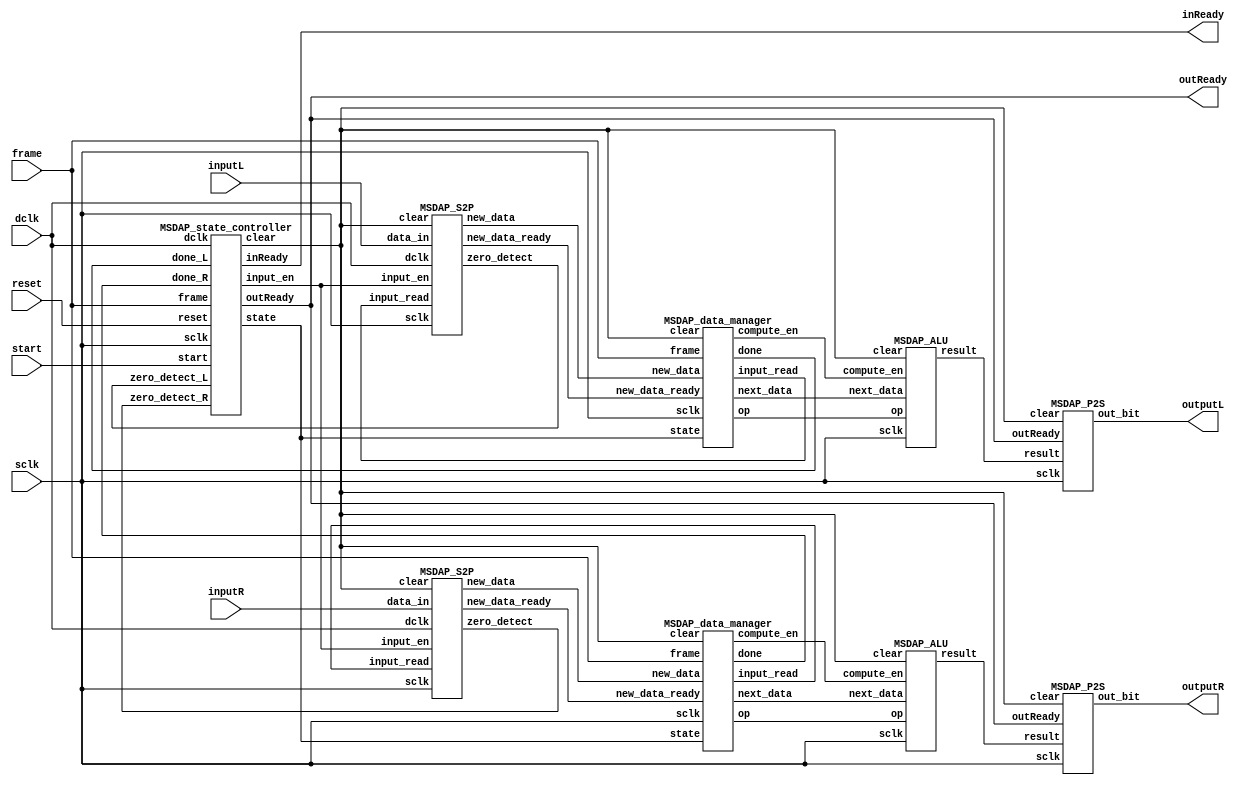

//EEDG 6306 Final Project
//MSDAP structural description
//Mark Sears and Seoha Lee

module MSDAP_top(
input sclk, 
input dclk, 
input start, 
input reset, 
input frame, 
input inputL, 
input inputR, 
output inReady, 
output outReady, 
output outputL, 
output outputR
);

wire [3:0] state;
wire input_en;
wire clear;
wire zero_detect_L, zero_detect_R;
wire [15:0] new_data_L, new_data_R;
wire compute_en_L, compute_en_R;
wire new_data_ready_L, new_data_ready_R;
wire input_read_L, input_read_R;
wire [2:0] done_L, done_R;
wire [1:0] op_L, op_R;
wire [15:0] next_data_L, next_data_R;
wire [39:0] result_L, result_R;

MSDAP_state_controller controller ( 
.sclk(sclk),
.dclk(dclk),
.start(start),
.reset(reset),
.frame(frame),
.done_L(done_L),
.done_R(done_R),
.zero_detect_L(zero_detect_L),
.zero_detect_R(zero_detect_R),
.input_en(input_en),
.clear(clear),
.inReady(inReady),
.outReady(outReady),
.state(state)
);

//modules for LEFT channel
MSDAP_S2P input_module_L (
.sclk(sclk),
.dclk(dclk),
.input_en(input_en),
.clear(clear),
.data_in(inputL),
.input_read(input_read_L),
.new_data(new_data_L),
.new_data_ready(new_data_ready_L),
.zero_detect(zero_detect_L)
);


MSDAP_data_manager data_manager_L(
.sclk(sclk),
.frame(frame),
.state(state),
.new_data(new_data_L),
.new_data_ready(new_data_ready_L),
.clear(clear),
.done(done_L),
.compute_en(compute_en_L),
.input_read(input_read_L),
.op(op_L),
.next_data(next_data_L)
);

MSDAP_ALU ALU_L (
.sclk(sclk),
.compute_en(compute_en_L),
.clear(clear),
.op(op_L),
.next_data(next_data_L),
.result(result_L)
);

MSDAP_P2S output_module_L (
.sclk(sclk),
.clear(clear),
.result(result_L),
.outReady(outReady),
.out_bit(outputL)
);


//modules for RIGHT channel
MSDAP_S2P input_module_R (
.sclk(sclk),
.dclk(dclk),
.input_en(input_en),
.clear(clear),
.data_in(inputR),
.input_read(input_read_R),
.new_data(new_data_R),
.new_data_ready(new_data_ready_R),
.zero_detect(zero_detect_R)
);

MSDAP_data_manager data_manager_R (
.sclk(sclk),
.frame(frame),
.state(state),
.new_data(new_data_R),
.new_data_ready(new_data_ready_R),
.clear(clear),
.done(done_R),
.compute_en(compute_en_R),
.input_read(input_read_R),
.op(op_R),
.next_data(next_data_R)
);

MSDAP_ALU ALU_R (
.sclk(sclk),
.compute_en(compute_en_R),
.clear(clear),
.op(op_R),
.next_data(next_data_R),
.result(result_R)
);

MSDAP_P2S output_module_R (
.sclk(sclk),
.clear(clear),
.result(result_R),
.outReady(outReady),
.out_bit(outputR)
);
  
endmodule //end MSDAP_top


module MSDAP_state_controller( 
  input sclk,
  input dclk,
  input start,
  input reset,
  input frame,
  input [2:0] done_L, //done[0] = rj_done, done[1] = coeff_done, done[2] = computation_done
  input [2:0] done_R,
  input zero_detect_L,
  input zero_detect_R,
  
  output input_en,
  output clear,
  output inReady,
  output outReady,
  output reg [3:0] state
);

parameter
INITIALIZE = 0,
WAIT_RJ = 1,
READ_RJ = 2,
WAIT_COEFF = 3,
READ_COEFF = 4,
WAIT_INPUT = 5,
WORKING = 6,
CLEARING = 15,
SLEEP = 8;

parameter SLEEP_TIME = 800; //number of all 0 inputs before going to sleep

wire [3:0] input_count;
wire [5:0] output_count;
wire [9:0] sleep_count;
wire [8:0] clear_count;
reg [3:0] next_state;
wire [2:0] done;
wire zero_detect;
wire detector_reset;

assign done = done_L & done_R;
assign zero_detect = zero_detect_L & zero_detect_R;

//Registers to control inReady, outReady, and I/O counters
DFF input_en_DFF (.clk(sclk), .reset(clear), .D((|input_count) | (frame & inReady)), .Q(input_en));
DFF outReady_DFF (.clk(frame), .reset(clear | output_count == 41), .D(done[2] & state == 6), .Q(outReady));
DFF inReady_DFF  (.clk(sclk), .reset(clear), .D(~(state == INITIALIZE | state == CLEARING)), .Q(inReady));
DFF reset_detector_DFF (.clk(sclk), .reset(detector_reset), .D(start|reset), .Q(clear));
DFF detector_reset_DFF (.clk(~sclk), .reset(~clear), .D(clear), .Q(detector_reset));
//DFF detector_reset_DFF (.clk(~sclk), .reset(1'b0), .D(clear), .Q(detector_reset));

counter#(4) input_counter (.clk(dclk), .reset(clear), .enable(input_en), .count(input_count));

counter#(6) output_counter (.clk(sclk), .reset(clear | ~outReady), .enable(outReady), .count(output_count));

counter#(10) sleep_counter (.clk(input_en), .reset(clear | ~zero_detect), .enable(state == WORKING), .count(sleep_count));

counter#(9) clear_counter (.clk(sclk), .reset(clear), .enable(state == INITIALIZE | state == CLEARING), .count(clear_count));

//STATE MACHINE
/*
always@(posedge start) next_state <= INITIALIZE;

always@(posedge reset) begin
  if(state == WORKING || state == SLEEP || state == CLEARING)
    next_state <= CLEARING; //async reset only in states 6, 7, or 8
end
*/

always@(posedge sclk) begin
    /*if(start) 
      state <= INITIALIZE;  
  else if(reset)// & (state == WORKING | state == SLEEP | state == CLEARING))
    state <= CLEARING; //async reset only in states 6, 7, or 8
  else  */
  state <= next_state;
end

always@(state or start or reset or clear_count or frame or done or sleep_count or zero_detect) begin
            
      if(start)
        next_state = INITIALIZE;  
    else if(reset & (state == WORKING || state == SLEEP || state == CLEARING))
        next_state = CLEARING; //async reset only in states 6, 7, or 8
    
else case(state)
    INITIALIZE: begin
      if(clear_count == 511)
        next_state = WAIT_RJ;
    else next_state = INITIALIZE;    
    end
    
    WAIT_RJ: begin      
      if(frame) 
        next_state = READ_RJ;
        else next_state = WAIT_RJ;
    end
    
    READ_RJ: begin
      if(done[0]) //rj_done
        next_state = WAIT_COEFF; 
        else next_state = READ_RJ;                
    end
    
    WAIT_COEFF: begin     
      if(frame) 
        next_state = READ_COEFF;
        else next_state = WAIT_COEFF;
    end
    
    READ_COEFF: begin    
      if(done[1]) //coeff_done
        next_state = WAIT_INPUT;
        else next_state = READ_COEFF;
    end
    
    WAIT_INPUT: begin
      if(frame) //if the frame is high, a new input is ready to be read in
        next_state = WORKING;
        else next_state = WAIT_INPUT;
    end
    
    WORKING: begin
      if(sleep_count == SLEEP_TIME)
            next_state = SLEEP;
            else next_state = WORKING;                                             
    end
    
    CLEARING: begin    
      if(clear_count == 255) 
        next_state = WAIT_INPUT;
        else next_state = CLEARING;      
    end
    
    SLEEP: begin 
      if(~zero_detect)
        next_state = WORKING;
        else next_state = SLEEP;
    end           
  endcase     
end
  
endmodule //end MSDAP_state_controller



//module MSDAP_S2P is used to shift in new data 1 bit at a time (LSB first)
module MSDAP_S2P
(
  input sclk,
  input dclk,
  input input_en,
  input clear,
  input data_in,
  input input_read,
  output [15:0] new_data,
  output new_data_ready,
  output zero_detect //true when a zero input is received
);
//wire new_data_reset;
wire input_complete;
//wire new_data_delay;
wire [15:0] input_data;

//generate 16 DFFs to implement a S2P shift register
genvar i;
for(i = 0; i < 16; i=i+1)
begin : S2P
  DFF flop ( .clk(dclk & input_en), .reset(clear), .D(i == 15 ? data_in : input_data[i+1]), .Q(input_data[i]) );
end

DFF input_complete_DFF( .clk(~input_en), .reset(clear | input_read), .D(1'b1), .Q(input_complete) );
//DFF new_data_delay_DFF( .clk(~dclk), .reset(clear | new_data_reset), .D(input_complete), .Q(new_data_delay) );
DFF new_data_ready_DFF( .clk(sclk), .reset(clear), .D(input_complete), .Q(new_data_ready) );
//DFF new_data_reset_DFF( .clk(sclk), .reset(clear), .D(new_data_ready), .Q(new_data_reset) );
DFF zero_detect_DFF ( .clk(~dclk), .reset(clear), .D(input_data == 16'b0), .Q(zero_detect) );
register#(16) new_input_register ( .clk(new_data_ready), .reset(clear), .D(input_data), .Q(new_data) );
endmodule //end MSDAP_input

//structural description of data manager
module MSDAP_data_manager
(
  input sclk,
  input frame,
  input [3:0] state,
  input [15:0] new_data,
  input new_data_ready,
  input clear,
  
  output [2:0] done,
  output compute_en,
  output input_read,
  output [1:0] op, //op: 00 = ADD, 01 = SUB, 10 = SHIFT
  output [15:0] next_data
);

parameter NUM_RJ = 16;
parameter NUM_COEFF = 512; //assumed maximum number of coefficients
parameter ORDER = 256; //the order of the filter

parameter
INITIALIZE = 0,
WAIT_RJ = 1,
READ_RJ = 2,
WAIT_COEFF = 3,
READ_COEFF = 4,
WAIT_INPUT = 5,
WORKING = 6,
CLEARING = 15,
SLEEP = 8;

wire [3:0] rj_addr;
wire [8:0] coeff_addr;
wire [7:0] data_addr;
wire [7:0] n; //counts how many data inputs are received
wire [7:0] coeffs_processed;

wire [7:0] next_rj;
wire [8:0] next_coeff;
wire input_received;
wire new_data_input_ready;
wire coeff_en;
wire shift;

assign new_data_input_ready = state == INITIALIZE | state == CLEARING | (new_data_ready & state == WORKING & ~compute_en);

//rj memory: 8 bit words, 4 addr bits, 16 locations
memory#(8, 4, NUM_RJ) rj_mem (
.clk(sclk),
.new_data( state == READ_RJ ? new_data[7:0] : 8'b0 ), //describes mux
.r_w( state == INITIALIZE | (new_data_ready & state == READ_RJ) ),
.addr(rj_addr),
.data_out(next_rj) 
);

//coeff memory: 9 bit words, 9 addr bits, 512 locations
memory#(9, 9, NUM_COEFF) coeff_mem (
.clk(sclk),
.new_data( state == READ_COEFF ? new_data[8:0] : 9'b0 ),
.r_w( state == INITIALIZE | (new_data_ready & state == READ_COEFF) ),
.addr(coeff_addr),
.data_out(next_coeff)
);

//data memory: 16 bit words, 8 addr bits, 256 locations
memory#(16, 8, ORDER) data_mem (
.clk(~sclk),
.new_data( state == WORKING ? new_data : 16'b0 ),
.r_w( new_data_input_ready ),
.addr(new_data_input_ready ? n : data_addr),
.data_out(next_data)
);

//create address counters for the memories
counter#(4) rj_addr_counter (
.clk(sclk),
.reset(clear),
.enable(state == INITIALIZE | (state == READ_RJ & new_data_ready) | (compute_en & shift)),
.count(rj_addr)
);
   
counter#(9) coeff_addr_counter (
.clk(sclk),
.reset(clear),
.enable(state == INITIALIZE | (state == READ_COEFF & new_data_ready) | coeff_en),
.count(coeff_addr)
);
                            
counter#(8) coeffs_processed_counter (
.clk(sclk),
.reset(clear | shift),
.enable(coeff_en),
.count(coeffs_processed)
);

counter#(8) n_counter (
.clk(sclk),
.reset(clear),
.enable((state == INITIALIZE | state == CLEARING) | (input_read & state == WORKING)),
.count(n)
);

//perform subtraction (n-k) to get the relative address "data_addr"
//adder#(8) addr_adder ( .a(n), .b(~next_coeff[7:0]), .cin(1'b0), .z(data_addr), .cout() );
adder#(8) addr_adder ( .a(n), .b(~next_coeff[7:0]), .cin(1'b0), .z(data_addr), .cout() );

DFF shift_op0_DFF   ( .clk(~sclk), .reset(clear), .D(next_coeff[8]), .Q(op[0]) );
DFF shift_op1_DFF   ( .clk(~sclk), .reset(clear), .D(coeffs_processed == next_rj-1), .Q(shift) );
DFF shift_op1_delay ( .clk(~sclk), .reset(clear), .D(shift), .Q(op[1]) );
DFF rj_done_DFF    ( .clk(state == READ_RJ & new_data_ready), .reset(clear & state == INITIALIZE), .D(rj_addr == NUM_RJ-1), .Q(done[0]) );
DFF coeff_done_DFF ( .clk(state == READ_COEFF & new_data_ready), .reset(clear & state == INITIALIZE), .D(coeff_addr == NUM_COEFF-1), .Q(done[1]) );
//DFF computation_done_DFF ( .clk(~compute_en), .reset(clear | state == 8), .D(1'b1), .Q(done[2]) );
DFF computation_done_DFF ( .clk(~compute_en), .reset(clear | state == SLEEP), .D(state == WORKING), .Q(done[2]) );
DFF input_read_DFF ( .clk(~sclk), .reset(clear), .D(new_data_input_ready | (new_data_ready & (state == READ_RJ | state == READ_COEFF))), .Q(input_read) );

//DFF input_received_DFF ( .clk(new_data_ready & state == 6), .reset(clear | state == 8), .D(1'b1), .Q(input_received) );
DFF input_received_DFF ( .clk(new_data_ready), .reset(clear | state == SLEEP), .D(state == WORKING), .Q(input_received) );
//DFF coeff_en_delay_DFF ( .clk(~sclk), .reset(clear), .D(state == 6 & ((coeff_en_delay & coeff_addr != 0) | frame) & input_received & ~new_data_ready), .Q(coeff_en_delay) );
//DFF coeff_en_DFF   ( .clk(~sclk), .reset(clear), .D((coeff_en_delay & ~new_data_ready) & (coeff_addr != 0 | frame)), .Q(coeff_en) );
DFF coeff_en_DFF   ( .clk(~sclk), .reset(clear), .D(state == WORKING & ((coeff_en & coeff_addr != 0) | frame) & input_received), .Q(coeff_en) );
DFF compute_en_DFF ( .clk(~sclk), .reset(clear), .D(coeff_en), .Q(compute_en) );

endmodule //MSDAP_data_manager

//memory storage for RJ, coeff, and input data
module memory #(parameter DATA_WIDTH=8, parameter ADDR_WIDTH=8, parameter DEPTH=256)
(
input clk,
input [DATA_WIDTH-1:0] new_data,
input r_w, //0 = read, 1 = write
input [ADDR_WIDTH-1:0] addr,

output reg [DATA_WIDTH-1:0] data_out
);

reg [DATA_WIDTH-1:0] mem [DEPTH-1:0]; 

always@(posedge clk) begin
  if(r_w) //write
    mem[addr] <= new_data;
  else //read
    data_out <= mem[addr];

end
endmodule //memory


//arithmetic logic for convolution computation
module MSDAP_ALU(
input sclk,
input compute_en,
input clear,
input [1:0] op, //op: 00 = ADD, 01 = SUB, 10 = ADD & SHIFT, 11 = SUB & SHIFT
input [15:0] next_data, //the next piece of data to be processed
output [39:0] result
);

wire [14:0] xor_out;
wire sign_bit;
wire [39:0] sum_out;
wire [39:0] shift_out;
wire [39:0] accum_out;

assign xor_out = next_data ^ {15{op[0]}};
assign sign_bit = next_data[15] ^ op[0];
  
adder#(24) ALU_adder ( .a({ {9{sign_bit}}, xor_out }), .b(accum_out[39:16]), .cin(op[0]), .z(sum_out[39:16]), .cout() );

assign sum_out[15:0] = accum_out[15:0];

shifter_1b#(40) shifter ( .a(sum_out), .op(op[1]), .z(shift_out) ); //performs the shift when op[1] is true

register#(40) accumulator ( .clk(~sclk), .reset(clear), .D(shift_out & {40{compute_en}}), .Q(accum_out) );
register#(40) result_reg  ( .clk(~compute_en), .reset(clear), .D(accum_out), .Q(result) );

endmodule //end MSDAP_ALU


//module for sending output data serially on sclk (LSB first)
module MSDAP_P2S(
input sclk,
input clear,
input [39:0] result,
input outReady,
output out_bit
);

wire gated_clk;
wire load;
wire send_output;
DFF load_DFF (.clk(outReady), .reset(clear | send_output), .D(1'b1), .Q(load) );
DFF send_output_DFF (.clk(sclk), .reset(clear | ~outReady), .D(outReady), .Q(send_output) );
assign gated_clk = send_output & sclk; //only clock the P2S when loading or outputing

genvar i;
for(i = 0; i < 40; i=i+1)
begin : P2S
  wire dff_Q;
  wire mux_z;
  wire mux_a;
  
  if(i == 39) assign mux_a = 1'b0;
  else        assign mux_a = P2S[i+1].dff_Q;
  
  mux2 m (
  .a(mux_a),
  .b(result[i]),
  .sel(load),
  .z(mux_z)
  );
  
  DFF d (
  .clk(gated_clk),
  .reset(clear),
  .D(mux_z),
  .Q(dff_Q)
  );
end    
  assign out_bit = P2S[0].dff_Q;
endmodule //end MSDAP_P2S


//****LOW-LEVEL MODULES****

//variable length register with synchronous reset
module register #(parameter WIDTH = 1)
(
  input clk,
  input reset,
  input [WIDTH-1:0] D,
  
  output [WIDTH-1:0] Q
);
genvar i;
for(i = 0; i < WIDTH; i=i+1)
  DFF reg_dff ( .clk(clk), .reset(reset), .D(D[i]), .Q(Q[i]) );

endmodule //register

//D-flip flop with asynchronous reset
module DFF
(
  input clk,
  input reset,
  input D,
  output reg Q
);
always@(posedge clk, posedge reset) begin
  if(reset)
    Q <= 1'b0;
  else Q <= D;
end
endmodule //DFF

module shifter_1b #(parameter WIDTH = 1)
(
  input [WIDTH-1:0] a,
  input op,
  output [WIDTH-1:0] z
);
genvar i;
for(i = 0; i < WIDTH-1; i=i+1) //generate mux2's to implement the shift function
  mux2 shift_mux ( .a(a[i]), .b(a[i+1]), .sel(op), .z(z[i]) );
assign z[WIDTH-1] = a[WIDTH-1]; //always preserve the sign bit
endmodule //shifter_1b

module counter #(parameter WIDTH = 1)
(
  input clk,
  input reset,
  input enable,
  
  output [WIDTH-1:0] count 
);
genvar i;
for(i = 0; i < WIDTH; i=i+1) //create a series of DFFs that implements a n-bit counter
begin : count_flops
  wire flop_enable;
  if(i == 0)  assign flop_enable = enable; 
  else assign flop_enable = count_flops[i-1].flop_enable & count[i-1];
  
  DFF flop ( .clk(clk), .reset(reset), .D( flop_enable ^ count[i] ), .Q(count[i]) );
  
end
endmodule //counter

//2-input multiplexer
//if sel = 0, outputs a
//if sel = 1, outputs b
module mux2 (input a, input b, input sel, output z);
  assign z = ( sel ? b : a );  
endmodule //mux2

module FA (input a, input b, input cin, output z, output cout);
  assign z = a ^ b ^ cin;
  assign cout = (a&b) | (b&cin) | (a&cin);
endmodule //FA

module adder #(parameter WIDTH = 1)
(
  input [WIDTH-1:0] a,
  input [WIDTH-1:0] b,
  input cin,
  output [WIDTH-1:0] z,
  output cout  
);
wire carries [WIDTH:0];
assign carries[0] = cin;

genvar i;
for(i = 0; i < WIDTH; i=i+1)
  FA adder_FA ( .a(a[i]), .b(b[i]), .cin(carries[i]), .z(z[i]), .cout(carries[i+1]) );

assign cout = carries[WIDTH];
  
endmodule //adder